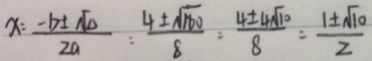
x = \frac { - b \pm \sqrt { \Delta } } { 2 a } = \frac { 4 \pm \sqrt { 1 6 0 } } { 8 } = \frac { 4 \pm \pm \sqrt { 1 0 } } { 8 } = \frac { 1 \pm \sqrt { 1 0 } } { 2 }